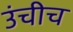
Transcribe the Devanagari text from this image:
उंचीच